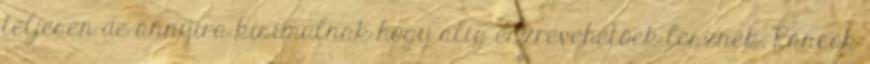
teljesen de annyira kisimulnak hogy alig észrevehetőek lesznek. Ráncok